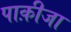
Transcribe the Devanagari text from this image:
पाक़ीजा